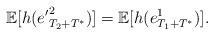
LaTeX: \begin{align*}\mathbb E [ h({e'}^2_{T_2+T^*}) ] =\mathbb E [ h({e}_{T_1+T^*}^1) ].\end{align*}